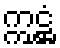
ဣဋ္ဌံ